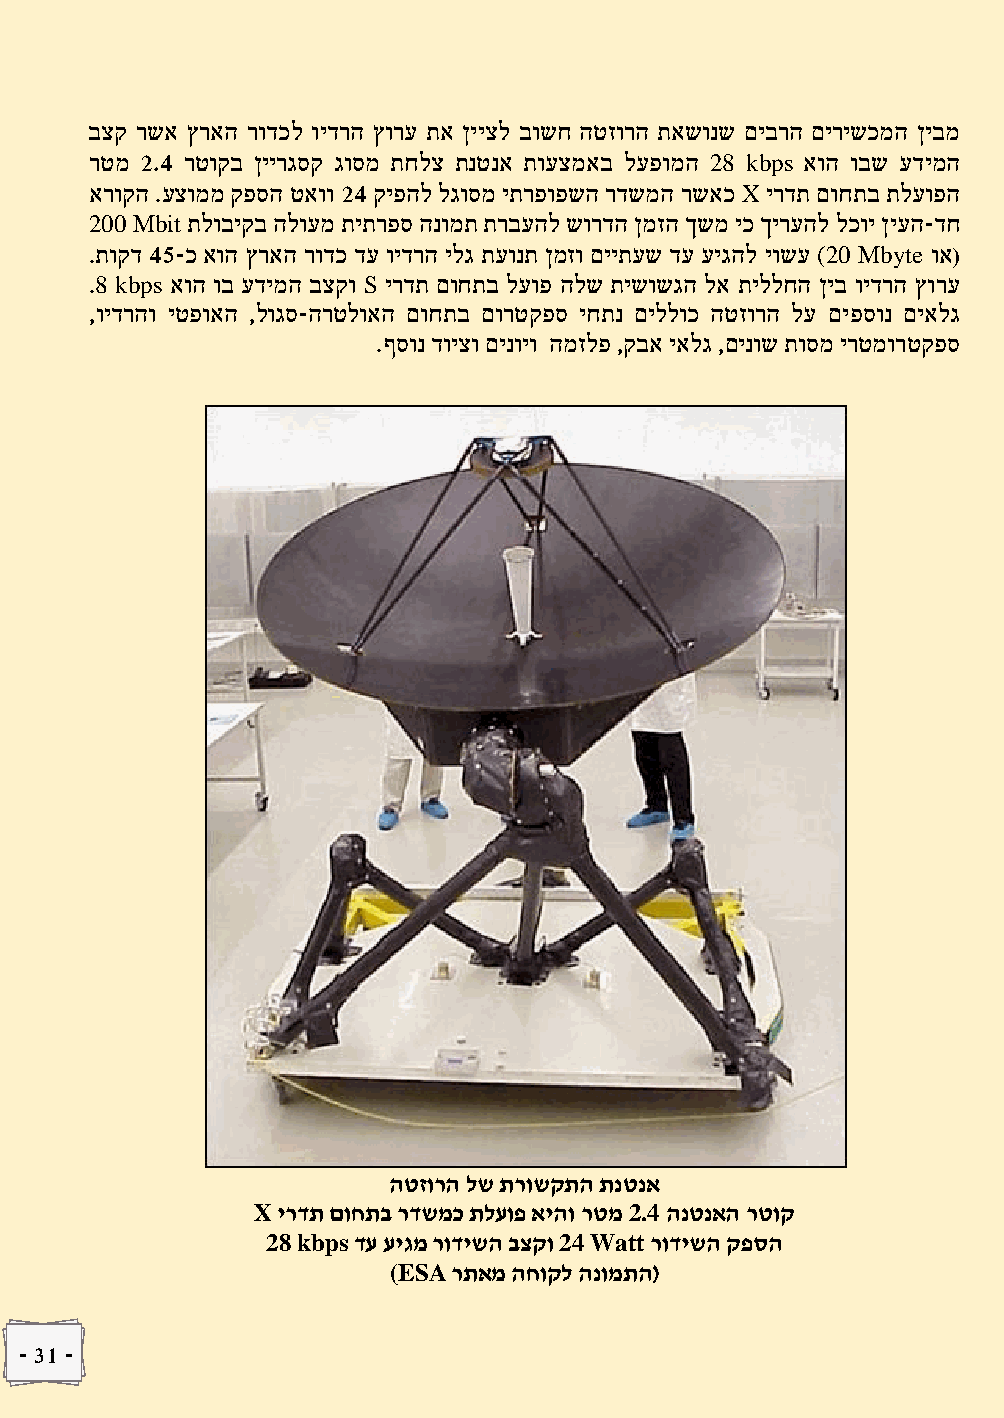
בצק רשא ץראה רודכל וידרה ץורע תא ןייצל בושח הטזורה תאשונש םיברה םירישכמה ןיבמ
 רטמ 2.1 רטוקב ןיירגסק גוסמ תחלצ תנטנא תועצמאב לעפומה 28 kbps אוה ובש עדימה
 ארוקה .עצוממ קפסה טאוו 21 קיפהל לגוסמ יתרפופשה רדשמה רשאכ X ירדת םוחתב תלעופה
 200 Mbit תלוביקב הלועמ תיתרפס הנומת תרבעהל שורדה ןמזה ךשמ יכ ךירעהל לכוי ןיעה-דח
 .תוקד 15-כ אוה ץראה רודכ דע וידרה ילג תעונת ןמזו םייתעש דע עיגהל יושע (20 Mbyte וא(
 .8 kbps אוה וב עדימה בצקו S ירדת םוחתב לעופ הלש תישושגה לא תיללחה ןיב וידרה ץורע
 ,וידרהו יטפואה ,לוגס-הרטלואה םוחתב םורטקפס יחתנ םיללוכ הטזורה לע םיפסונ םיאלג
 .ףסונ דויצו םינויו המזלפ ,קבא יאלג ,םינוש תוסמ ירטמורטקפס
 הטזורה לש תרושקתה תנטנא
 X ירדת םוחתב רדשמכ תלעופ איהו רטמ 2.4 הנטנאה רטוק
 28 kbps דע עיגמ רודישה בצקו 24 Watt רודישה קפסה
 (ESA רתאמ החוקל הנומתה(
 - 31 -